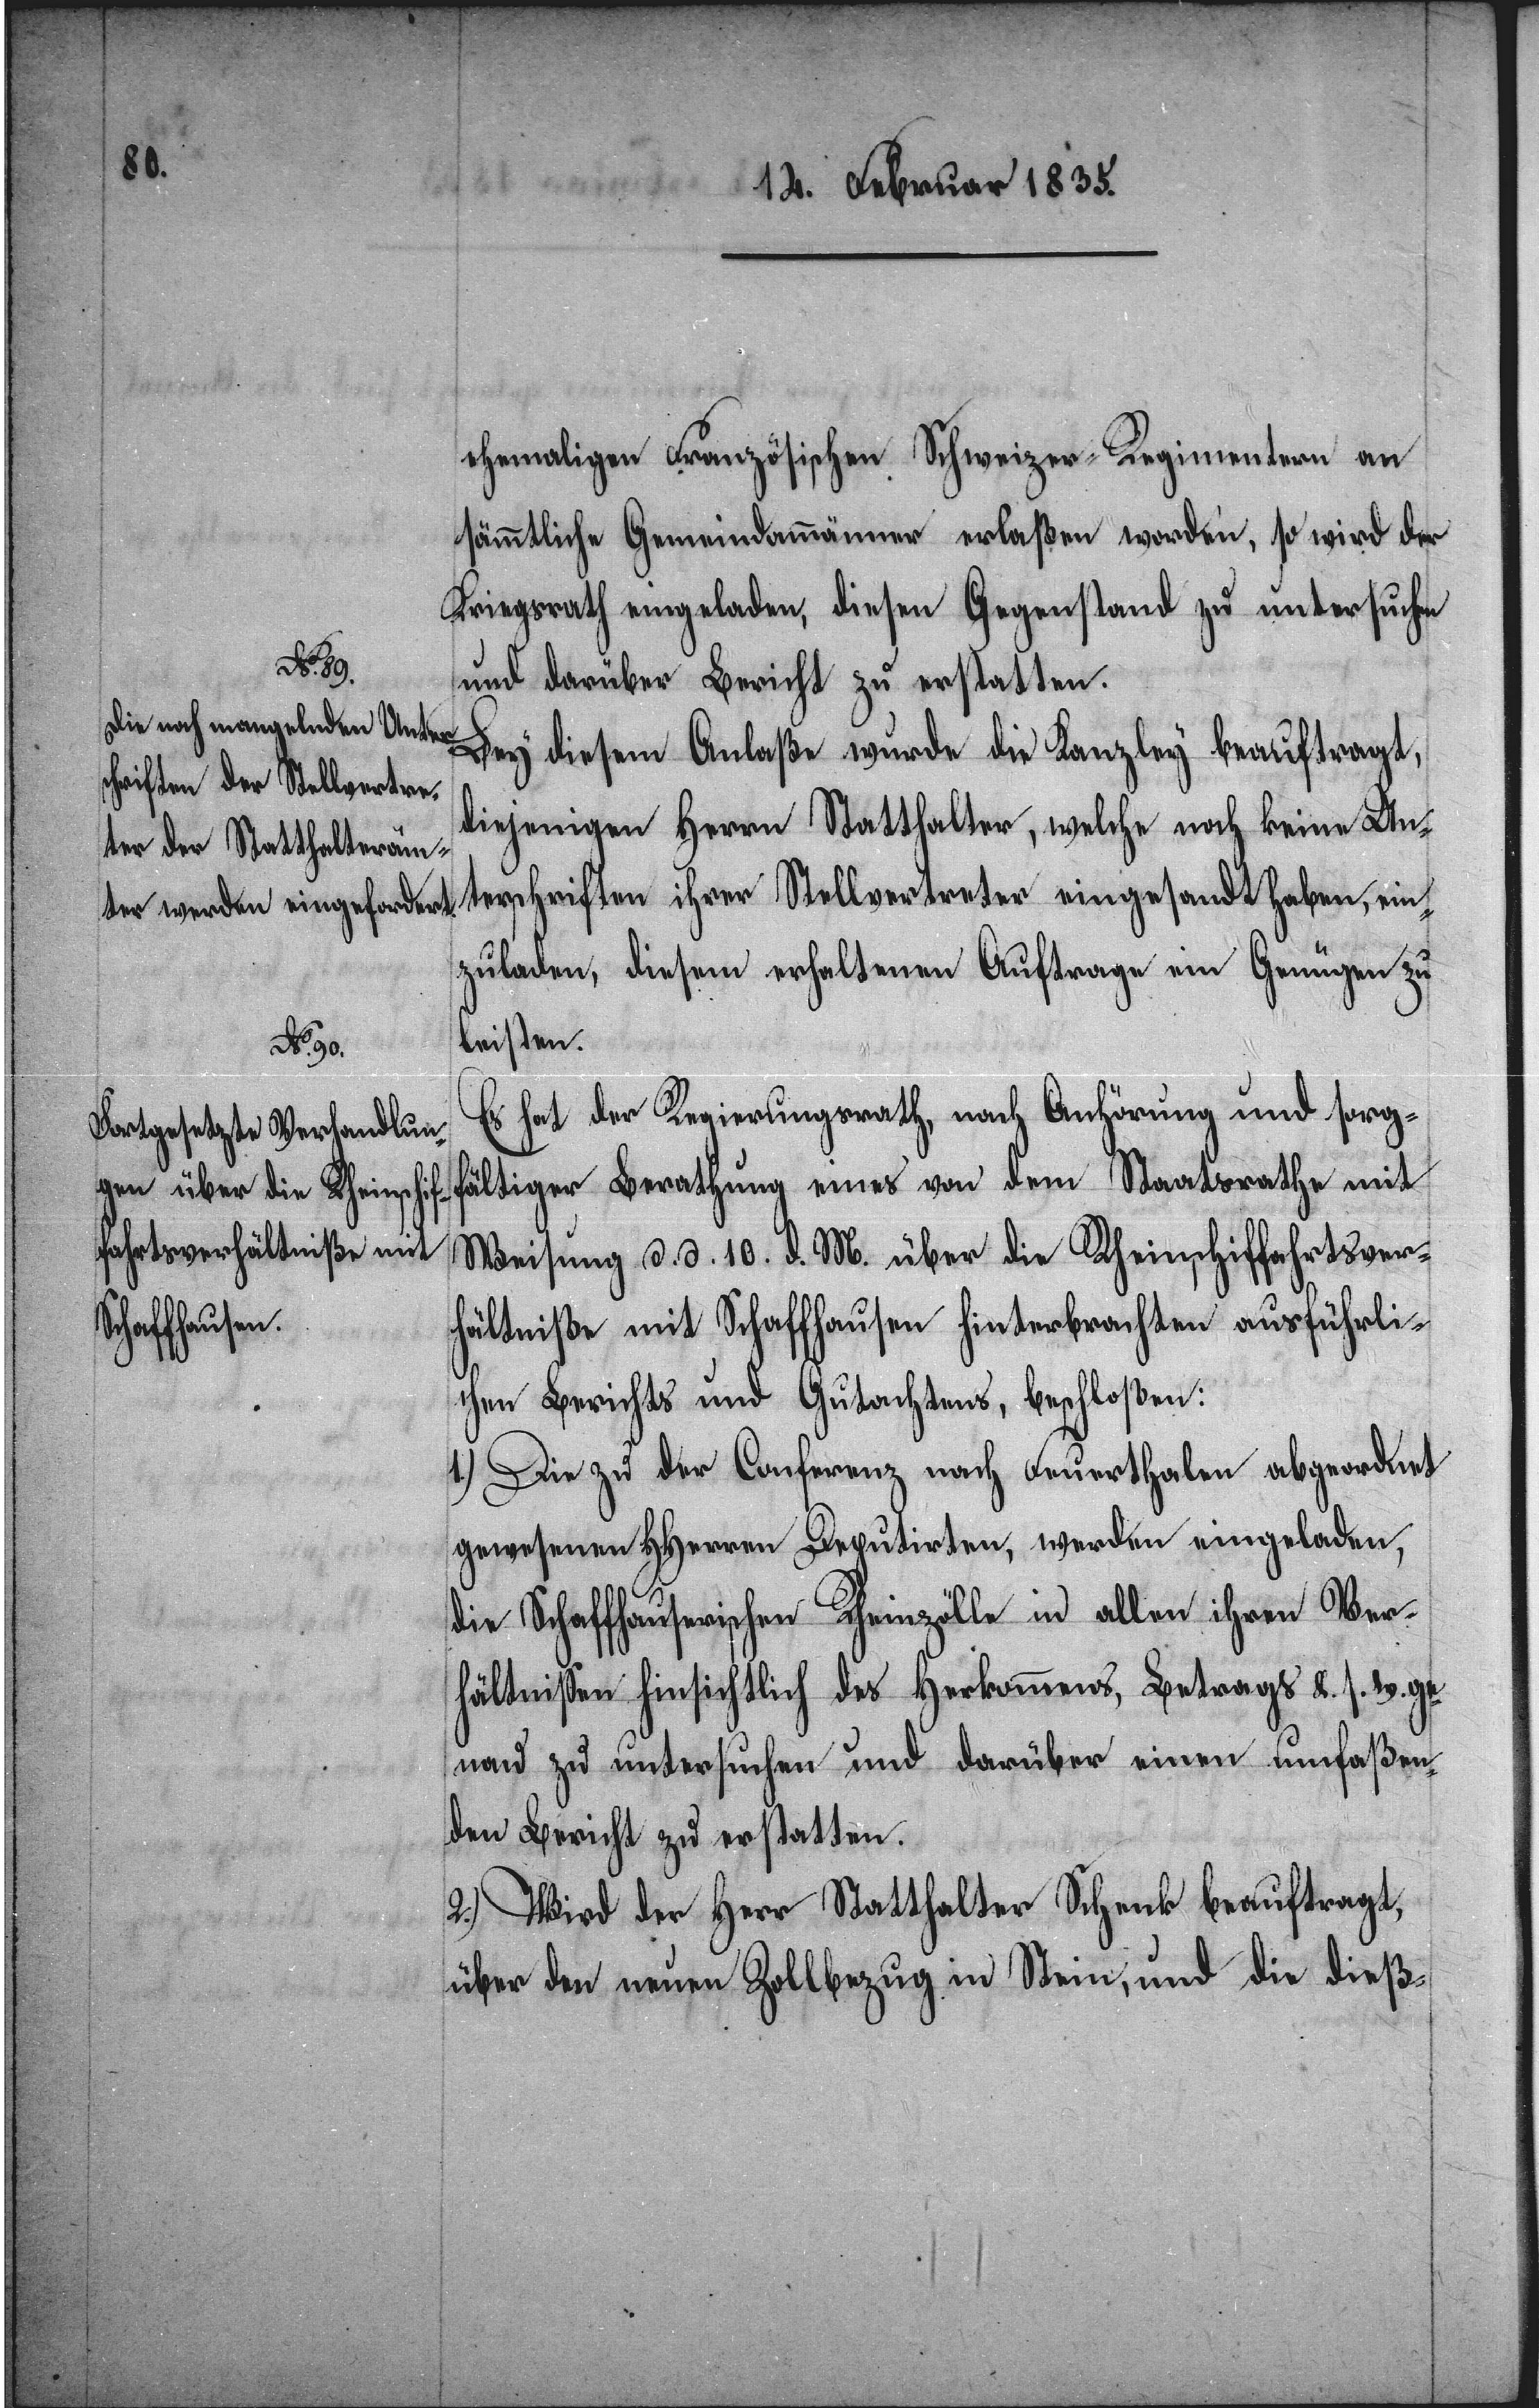
ehemaligen Französischen Schweizer-Regimentern an
sämmtliche Gemeindammänner erlaßen worden, so wird der
Kriegsrath eingeladen, diesen Gegenstand zu untersuchen
und darüber Bericht zu erstatten.
Bey diesem Anlaße wurde die Kanzley beauftragt,
diejenigen Herrn Statthalter, welche noch keine Un¬
terschriften ihrer Stellvertreter eingesandt haben, ein¬
zuladen, diesem erhaltenen Auftrage ein Genügen zu
leisten.
Es hat der Regierungsrath, nach Anhörung und sorg¬
fältiger Berathung eines von dem Staatsrathe mit
Weisung d. d. 10. d. M. über die Rheinschiffahrtsver¬
hältniße mit Schaffhausen hinterbrachten ausführli¬
chen Berichts und Gutachtens, beschloßen:
1.) Die zu der Conferenz nach Feuerthalen abgeordnet
gewesenen HHerren Deputirten, werden eingeladen,
die Schaffhauserischen Rheinzölle in allen ihren Ver¬
hältnißen hinsichtlich des Herkommens, Betrags &. s. w. ge¬
nau zu untersuchen und darüber einen umfaßen¬
den Bericht zu erstatten.
2.) Wird der Herr Statthalter Schenk beauftragt,
über den neuen Zollbezug in Stein, und die dieß-